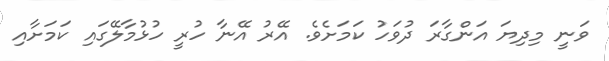
ވަނީ މިދިޔަ އަންގާރަ ދުވަހު ކަމަށެވެ. އޭރު އޭނާ ހުރީ ހުޅުމާލޭގައި ކަމަށާއި